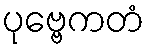
ပုဗ္ဗေကတံ